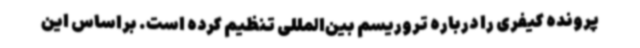
پرونده کیفری را درباره تروریسم بین‌المللی تنظیم کرده است. براساس این